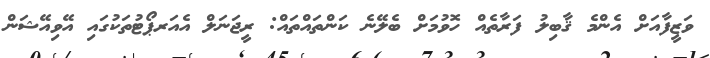
ވަޒީފާއަށް އެންމެ ޤާބިލު ފަރާތެއް ހޮވުމަށް ބެލޭނެ ކަންތައްތައް: ރީޖަނަލް އެއަރޕޯޓުތަކުގައި އޭވިއޭޝަން